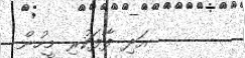
އަދި ފާފަކުރި މީހުން